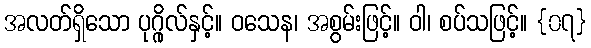
အလတ်ရှိသော ပုဂ္ဂိုလ်နှင့်။ ဝသေန၊ အစွမ်းဖြင့်။ ဝါ၊ စပ်သဖြင့်။ {၀၇}